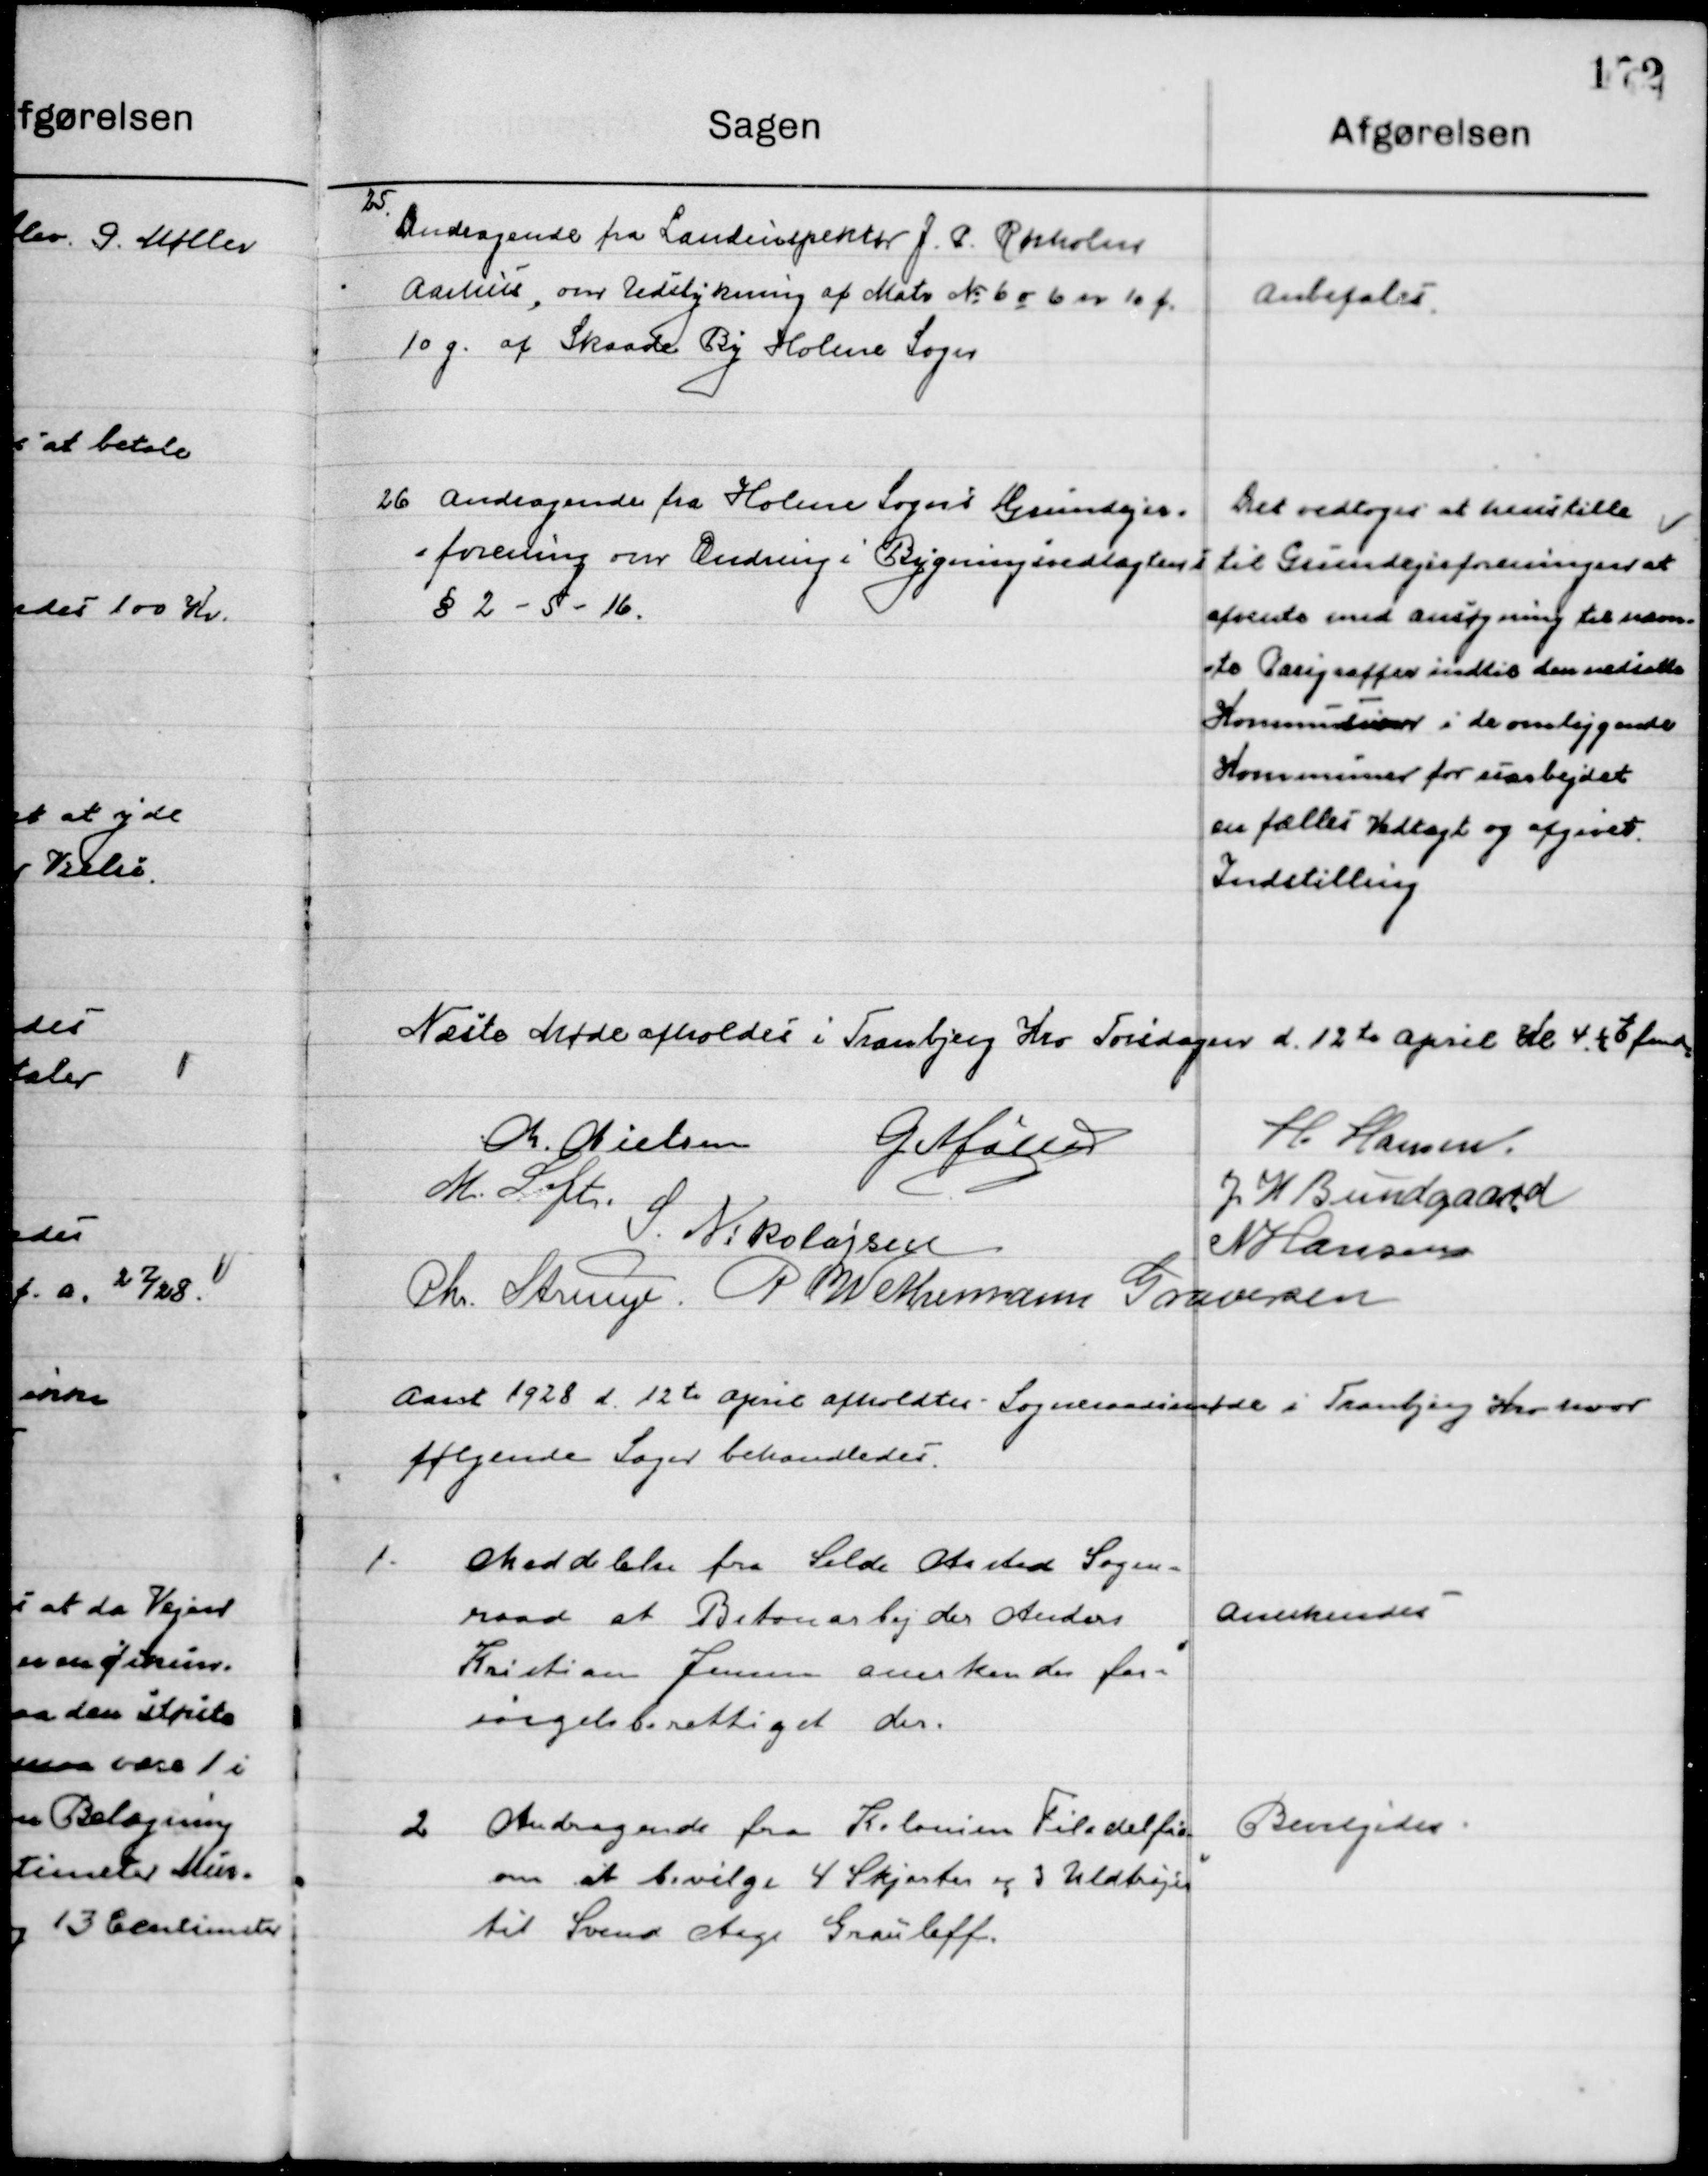
Transskription:
25

Andragende fra Landinspektør J. P. Rørholm
Aarhus, om Udstykning af Matr. Nr. 6 o 6 n 10 f
10 g af Skaade By Holme Sogn.

Anbefales

26

Andragende fra Holme Sogns Grundejer-
Forening om Ændring i Bygningsvedtægten
§ 2-5-16.

Det vedtoges at henstille
Til Grundejerforeningen at
Afvente med ansøgning til nærme-
ste Paragraffer indtil den nedsatte
Kommision i de omliggende
Kommuner for udarbejdet
en fælles Vedtægt og afgivet
Indstilling.

Næste Møde afholdes i Tranbjerg Kro Torsdag d. 12de April Kl. 4 Eftermd.

M. Nielsen
G. Møller
H. Hansen
M. Loft
J. H. Bundgaard
S. Nikolajsen
N. Hansen
Chr. Strunge
P. Wethemann Graversen

Aaret 1928 d. 12de April afholdtes Sogneraadsmøde i Tranbjerg Kro hvor 
følgende Sager behandledes.

1

Meddelelse fra Selde Arsted Sogne-
Raad at Betonarbejder Anders
Kristian Jensen anerkendes for-
sørgelsesberettiget der.

Anerkendes

2

Andragende fra Kolonien Filadelfia
om at bevilge 4 skjorter og 3 Uldtrøjer
til Svend Aage Grauloff.

Bevilgedes